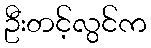
ဦးတင့်လွင်က